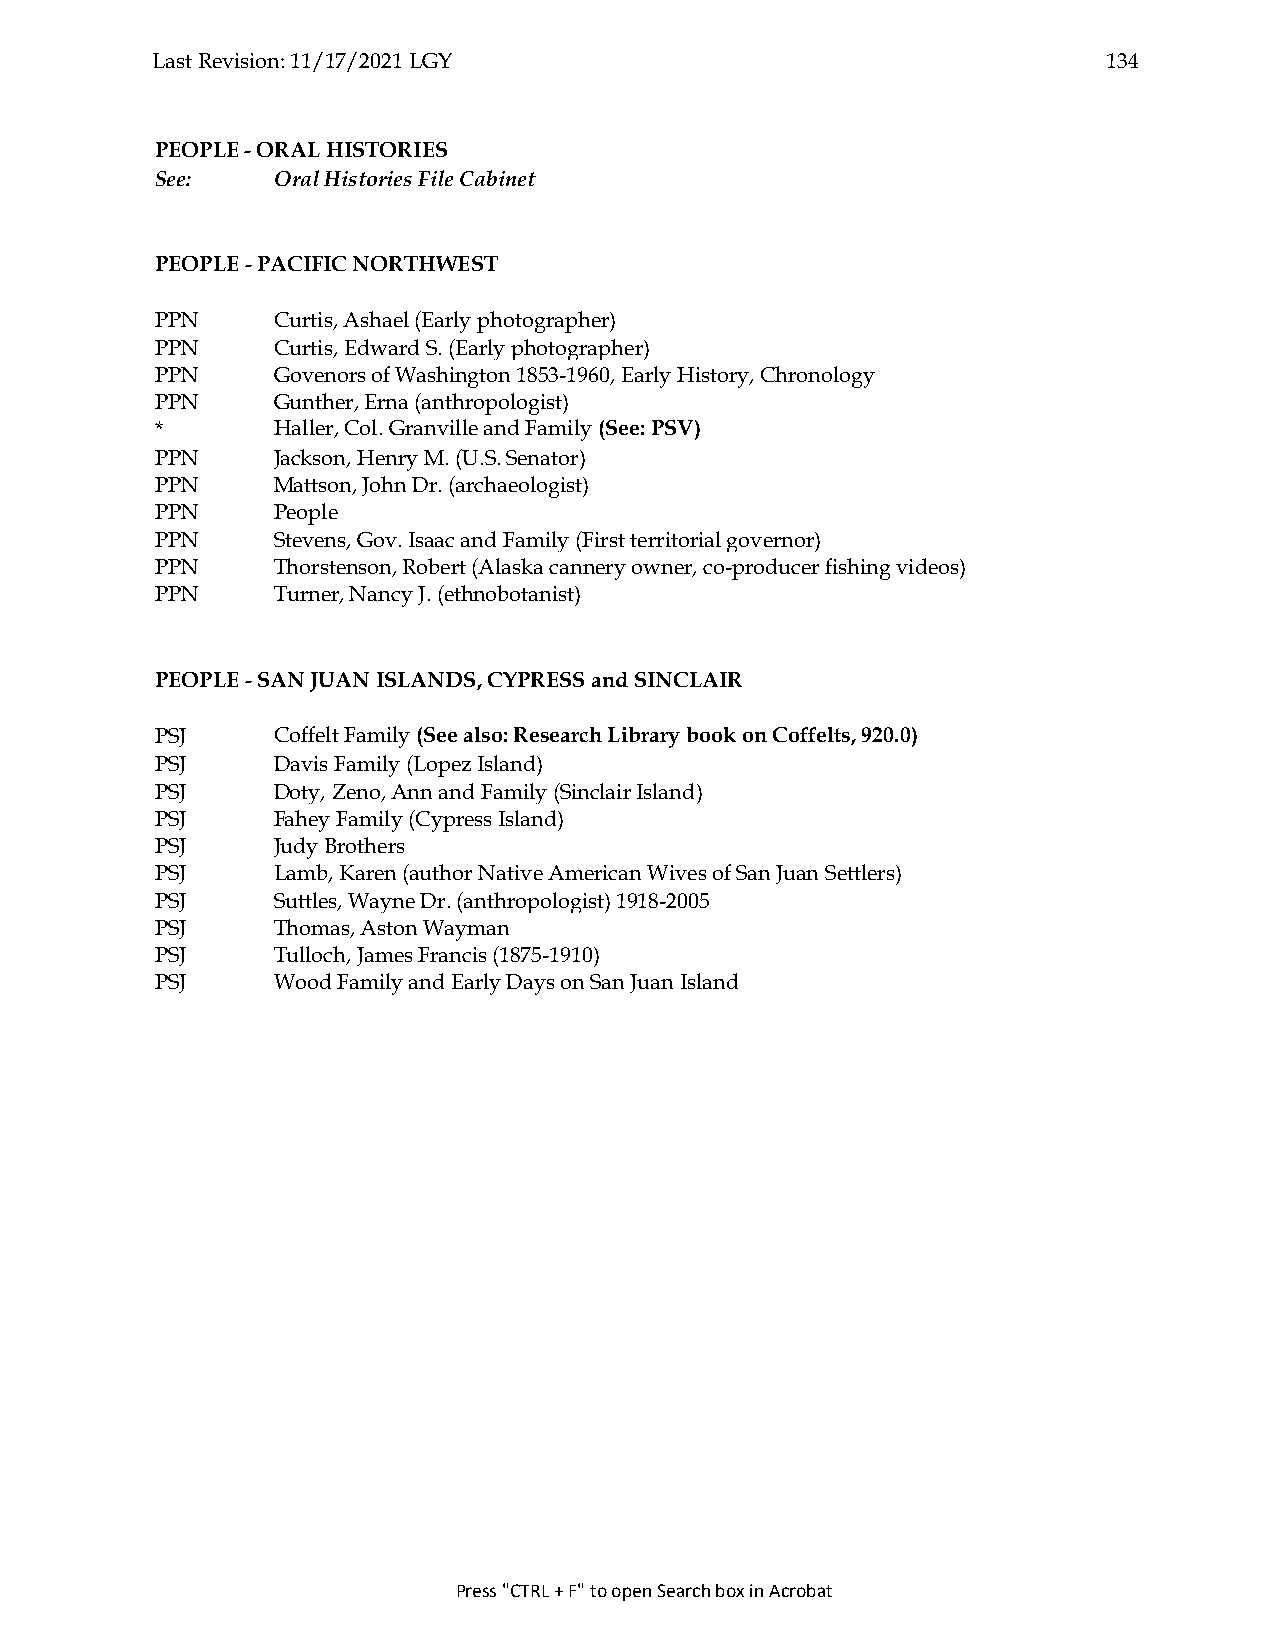
Last Revision: 11/17/2021 LGY                                  134
 PEOPLE - ORAL HISTORIES
 See:    Oral Histories File Cabinet
 PEOPLE - PACIFIC NORTHWEST
 PPN     Curtis, Ashael (Early photographer)
 PPN     Curtis, Edward S. (Early photographer)
 PPN     Govenors of Washington 1853-1960, Early History, Chronology
 PPN     Gunther, Erna (anthropologist)
 *       Haller, Col. Granville and Family (See: PSV)
 PPN     Jackson, Henry M. (U.S. Senator)
 PPN     Mattson, John Dr. (archaeologist)
 PPN     People
 PPN     Stevens, Gov. Isaac and Family (First territorial governor)
 PPN     Thorstenson, Robert (Alaska cannery owner, co-producer fishing videos)
 PPN     Turner, Nancy J. (ethnobotanist)
 PEOPLE - SAN JUAN ISLANDS, CYPRESS and SINCLAIR
 PSJ     Coffelt Family (See also: Research Library book on Coffelts, 920.0)
 PSJ     Davis Family (Lopez Island)
 PSJ     Doty, Zeno, Ann and Family (Sinclair Island)
 PSJ     Fahey Family (Cypress Island)
 PSJ     Judy Brothers
 PSJ     Lamb, Karen (author Native American Wives of San Juan Settlers)
 PSJ     Suttles, Wayne Dr. (anthropologist) 1918-2005
 PSJ     Thomas, Aston Wayman
 PSJ     Tulloch, James Francis (1875-1910)
 PSJ     Wood Family and Early Days on San Juan Island
 Press "CTRL + F" to open Search box in Acrobat